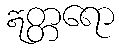
ဣတ္တရော